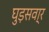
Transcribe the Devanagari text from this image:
घुड़सवा्र